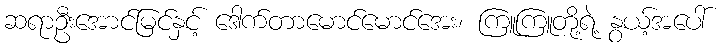
ဆရာဦးအောင်မြင်နှင့် ဒေါက်တာမောင်မောင်အေး၊ ကြူကြူတို့ရဲ့ နွယ့်အပေါ်